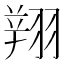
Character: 𦑒